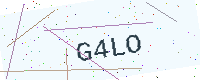
Text: G4LO